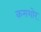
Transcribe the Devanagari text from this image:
कमशोर